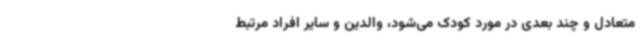
متعادل و چند ‌بعدی در مورد کودک می‌شود، والدین و سایر افراد مرتبط